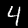
Label: 4